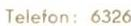
Telefon: 6326